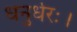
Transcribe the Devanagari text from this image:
धनुर्धरः।